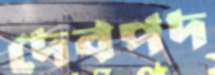
দেবপদ